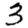
Digit: 3